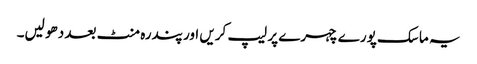
یہ ماسک پورے چہرے پر لیپ کریں اور پندرہ منٹ بعد دھو لیں۔